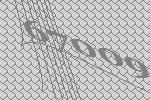
67009